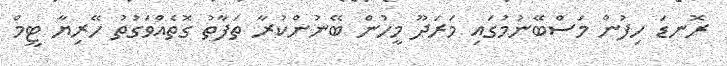
ރޮނޑަ ހިފުން މަސްބޭނުމުގައި މަރަދޫ މީހުން ބޭނުންކުރާ ތަފާތު ގޮތެއްވަގުތު ހޭރިޔާ ޓީމް